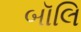
બૉલિ